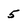
Character: 5